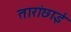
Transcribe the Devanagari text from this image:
तारांछाई